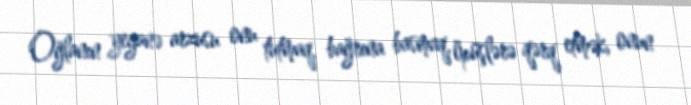
Oğlanın yeganə arzusu onu tutmaq, bağrına basmaq, öpüşlərə qərq etmək, onun